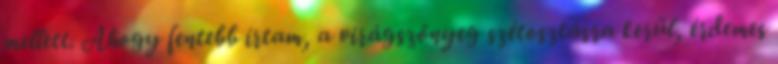
mellett. Ahogy fentebb írtam, a virágszőnyeg szétosztásra kerül, érdemes